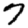
Digit: 7